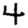
Digit: 4